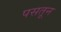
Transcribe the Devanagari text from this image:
पसतून